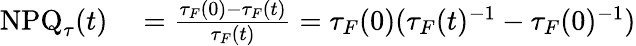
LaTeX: \begin{array}{rl}{\mathrm{NPQ}_{\tau}(t)}&{{}=\frac{\tau_{F}(0)-\tau_{F}(t)}{\tau_{F}(t)}=\tau_{F}(0)(\tau_{F}(t)^{-1}-\tau_{F}(0)^{-1})}\end{array}